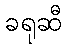
ခရုဆီ